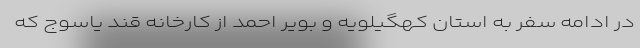
در ادامه سفر به استان کهگیلویه و بویر احمد از کارخانه قند یاسوج که